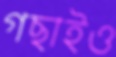
গছাইও